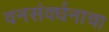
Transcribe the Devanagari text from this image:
वनसंवर्धनाचा